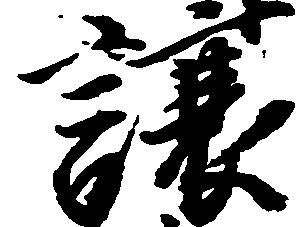
譲